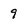
Character: 9